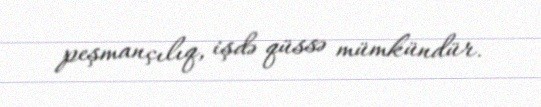
peşmançılıq, işdə qüssə mümkündür.